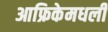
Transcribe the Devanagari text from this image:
आफ्रिकेमधली